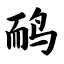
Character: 鸸